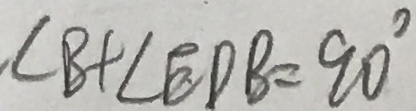
\angle B + \angle E D B = 9 0 ^ { \circ }